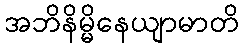
အဘိနိမ္မိနေယျာမာတိ